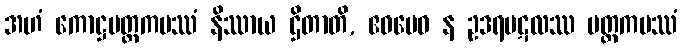
အဟံ ကောဋ္ဌမတ္ထကပဿံ နိဿာယ ဌိတာတိ, ဧဝမေဝ န ဥဒရပဋလဿ မတ္ထကပဿံ